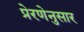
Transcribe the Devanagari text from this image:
प्रेरणेनुसार